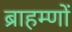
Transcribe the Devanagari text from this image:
ब्राहम्‍णों